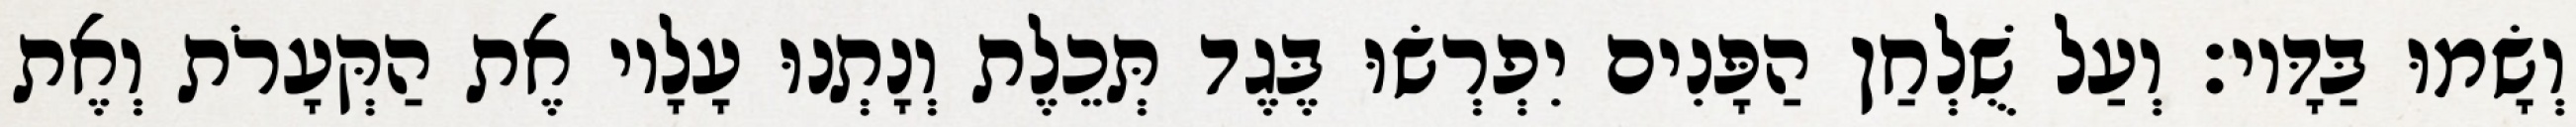
וְשָׂמוּ בַּדָּיו׃ וְעַל שֻׁלְחַן הַפָּנִים יִפְרְשׂוּ בֶּגֶד תְּכֵלֶת וְנָתְנוּ עָלָיו אֶת הַקְּעָרֹת וְאֶת